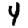
Digit: 4